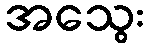
အသွေး